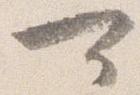
可